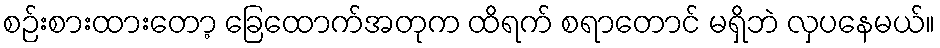
စဉ်းစားထားတော့ ခြေထောက်အတုက ထိရက် စရာတောင် မရှိဘဲ လှပနေမယ်။